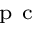
_ { \mathrm { ~ p ~ c ~ } }